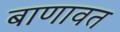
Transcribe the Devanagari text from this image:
बाणावत